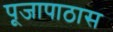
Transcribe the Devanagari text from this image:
पूजापाठास